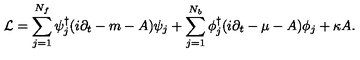
{ \cal L } = \sum _ { j = 1 } ^ { N _ { f } } \psi _ { j } ^ { \dagger } ( i \partial _ { t } - m - A ) \psi _ { j } + \sum _ { j = 1 } ^ { N _ { b } } \phi _ { j } ^ { \dagger } ( i \partial _ { t } - \mu - A ) \phi _ { j } + \kappa A .